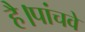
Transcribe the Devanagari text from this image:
है।पांचवे